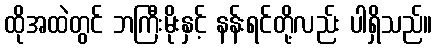
ထိုအထဲတွင် ဘကြီးမိုးနှင့် နန်းရင်တို့လည်း ပါရှိသည်။